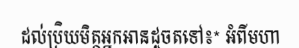
ដល់ប្រិយមិត្តអ្នកអានដូចតទៅ៖* អំពីមហា